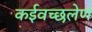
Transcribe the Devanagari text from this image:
कईवच्छलेण